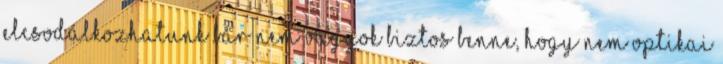
elcsodálkozhatunk bár nem vagyok biztos benne, hogy nem optikai